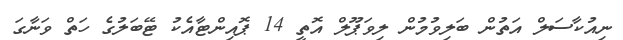
ނިއުކާސަލް އަތުން ބަލިވުމުން ލިވަޕޫލް އޮތީ 14 ޕޮއިންޓާއެކު ޓޭބަލުގެ ހަތް ވަނާގަ